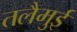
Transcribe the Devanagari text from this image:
तलैमुई